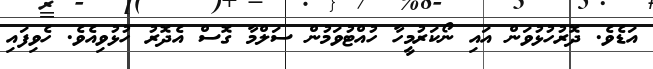
އަޑެވެ. ދޮރުހުޅުވަން އައި ނޯކަރުމީހާ ހުއްޓުވަމުން ސަލްމާ ގޮސް އެދޮރު ހުޅުވިއެވެ. ހެވިފައި